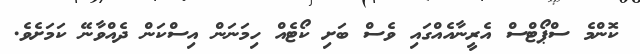
ކޮންމެ ސްޕޯޓްސް އެރީނާއެއްގައި ވެސް ބަށި ކޯޓެއް ހިމަނަން އިސްކަން ދެއްވާނޭ ކަމަށެވެ.